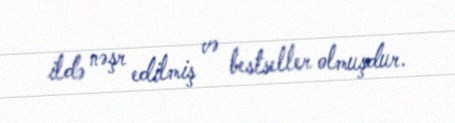
ildə nəşr edilmiş və bestseller olmuşdur.